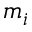
m _ { i }